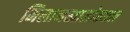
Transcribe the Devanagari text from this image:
मिलानखालोखाल